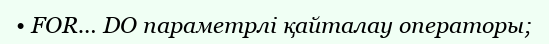
• FOR… DO параметрлі қайталау операторы;